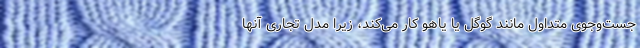
جست‌وجوی متداول مانند گوگل یا یاهو کار می‌کند، زیرا مدل تجاری آنها